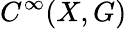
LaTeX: C^{\infty}(X,G)